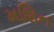
મશિન